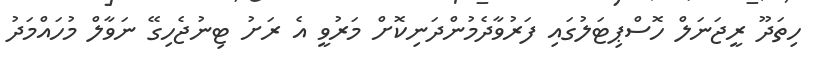
ހިތަދޫ ރީޖަނަލް ހޮސްޕިޓަލުގައި ފަރުވާދެމުންދަނިކޮށް މަރުވީ އެ ރަށު ޓިނުޖެހިގޭ ނަވާލް މުހައްމަދު